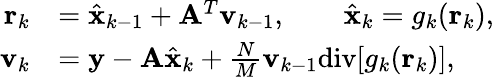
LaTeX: \begin{array}{rl}{\mathbf{r}_{k}}&{=\hat{\mathbf{x}}_{k-1}+\mathbf{A}^{T}\mathbf{v}_{k-1},\qquad\hat{\mathbf{x}}_{k}=g_{k}(\mathbf{r}_{k}),}\\ {\mathbf{v}_{k}}&{=\mathbf{y}-\mathbf{A}\hat{\mathbf{x}}_{k}+\frac{N}{M}\mathbf{v}_{k-1}\mathrm{div}[g_{k}(\mathbf{r}_{k})],}\end{array}